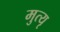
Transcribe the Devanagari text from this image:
मुत्यृ